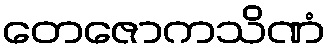
တေဇောကသိဏံ